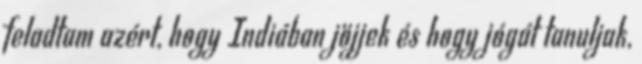
feladtam azért, hogy Indiában jöjjek és hogy jógát tanuljak,